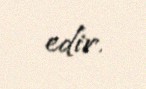
edir.